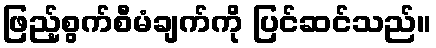
ဖြည့်စွက်စီမံချက်ကို ပြင်ဆင်သည်။